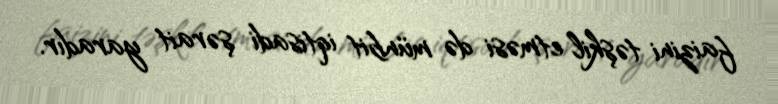
faizini təşkil etməsi də münbit iqtisadi şərait yaradır.